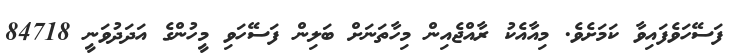
ފަސޭހަވެފައިވާ ކަމަށެވެ. މިއާއެކު ރާއްޖެއިން މިހާތަނަށް ބަލިން ފަސޭހަވި މީހުންގެ އަދަދުވަނީ 84718